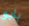
بابو